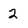
Character: 2